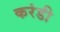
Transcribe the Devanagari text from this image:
करंडी